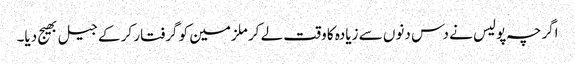
اگرچہ پولیس نے دس دنوں سے زیادہ کا وقت لے کر ملزمین کو گرفتار کر کے جیل بھیج دیا۔